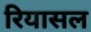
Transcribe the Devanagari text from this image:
रियासल